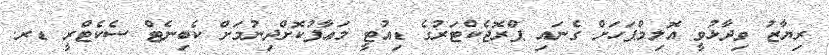
ރިޔާޒު ވިދާޅުވީ އޮލިމްޕަހަށް ގެނައި ޕްރޮޖެކްޓަރުގެ ޑިއުޓީ މަޢާފުކޮށްދިނުމަށް ކެބިނެޓް ސެކެޓްރީ ޑރ.